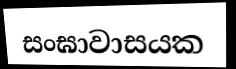
සංඝාවාසයක